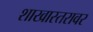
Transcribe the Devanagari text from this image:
शाखास्तरावर